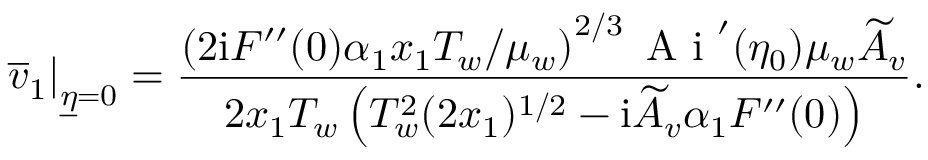
\left. \overline { { v } } _ { 1 } \right\vert _ { \underline { { \eta } } = 0 } = \frac { \left( 2 \mathrm { i } F ^ { \prime \prime } ( 0 ) \alpha _ { 1 } x _ { 1 } T _ { w } / \mu _ { w } \right) ^ { 2 / 3 } \mathrm { ~ A ~ i ~ } ^ { \prime } ( \eta _ { 0 } ) \mu _ { w } \widetilde A _ { v } } { 2 x _ { 1 } T _ { w } \left( T _ { w } ^ { 2 } ( 2 x _ { 1 } ) ^ { 1 / 2 } - \mathrm { i } \widetilde A _ { v } \alpha _ { 1 } F ^ { \prime \prime } ( 0 ) \right) } .